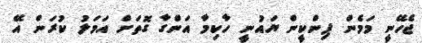
ޖެހޭނީ މަމެން ޕިންކީން ޔައުނީ ހާކިމާ އަންގާ ގޮތަށް އަމަލު ކުރަން އޭ